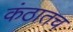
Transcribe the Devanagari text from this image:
कंठातच